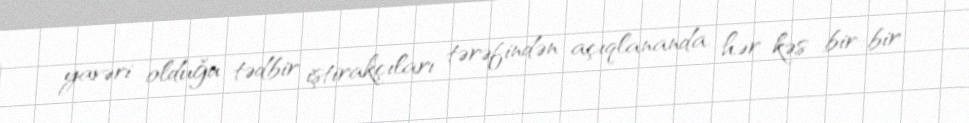
yavəri olduğu tədbir iştirakçıları tərəfindən açıqlananda, hər kəs bir-bir